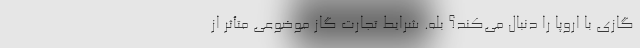
گازی با اروپا را دنبال می‌کند؟ بله. شرایط تجارت گاز موضوعی متأثر از